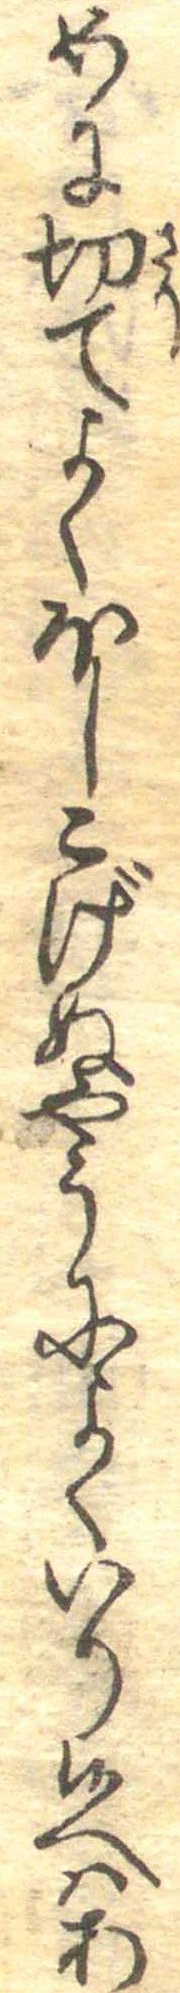
めに切てよくほしこげぬやうによくいり候へはあ